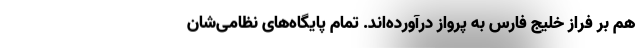
هم بر فراز خلیج فارس به پرواز درآورده‌اند. تمام پایگاه‌های نظامی‌شان